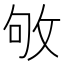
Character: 敂